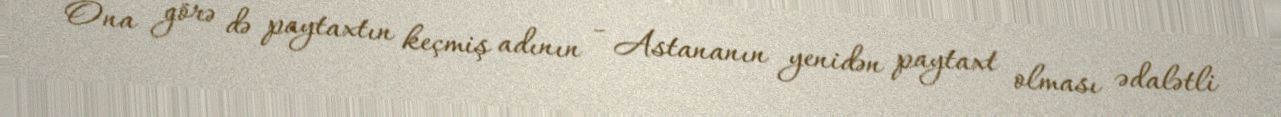
Ona görə də paytaxtın keçmiş adının - Astananın yenidən paytaxt olması ədalətli